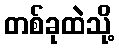
တစ်ခုထဲသို့